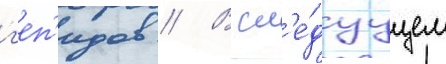
г'еп'идов // В сл'е́дуущем